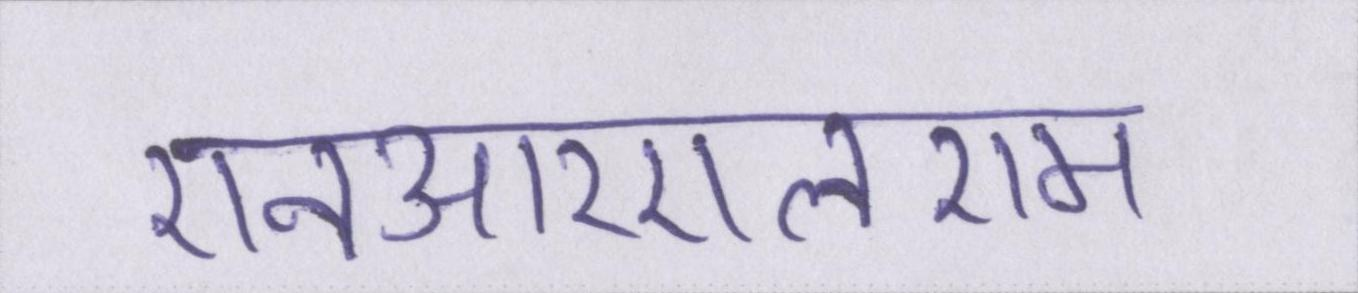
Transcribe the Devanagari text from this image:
एनआरएलएम